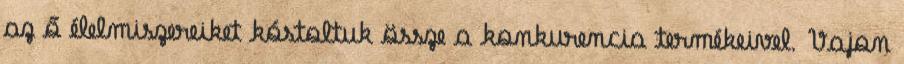
az ő élelmiszereiket kóstoltuk össze a konkurencia termékeivel. Vajon